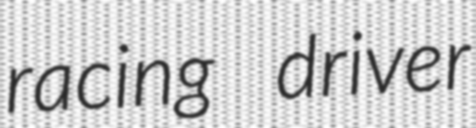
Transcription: racing driver